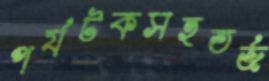
পর্যটকসহতর্জ